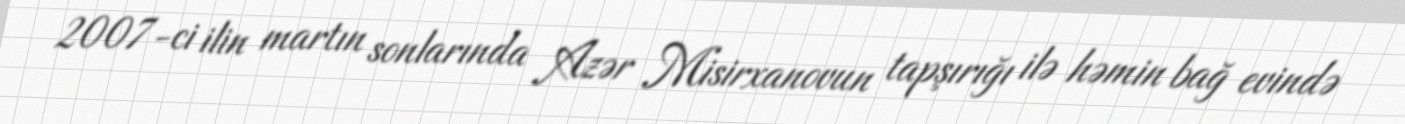
2007-ci ilin martın sonlarında Azər Misirxanovun tapşırığı ilə həmin bağ evində